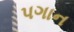
પગાન